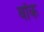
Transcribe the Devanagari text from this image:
बॉंक